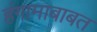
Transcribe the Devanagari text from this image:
हंगामाबाबत